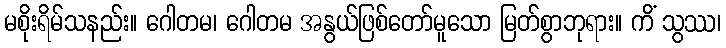
မစိုးရိမ်သနည်း။ ဂေါတမ၊ ဂေါတမ အနွယ်ဖြစ်တော်မူသော မြတ်စွာဘုရား။ ကိံ သွဿ၊